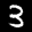
Label: 3